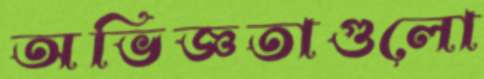
অভিজ্ঞতাগুলো